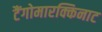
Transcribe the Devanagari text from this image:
टैंगोमारक्किनाट